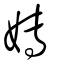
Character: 嫥